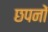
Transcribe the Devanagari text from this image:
छपनों